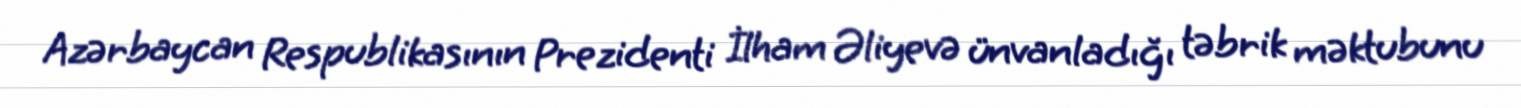
Azərbaycan Respublikasının Prezidenti İlham Əliyevə ünvanladığı təbrik məktubunu